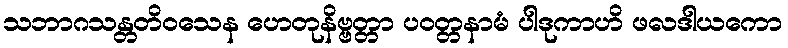
သဘာဂသန္တတိဝသေန ဟေတုနိဗ္ဗတ္တာ ပဝတ္တနာမံ ပါဒုကာဟိ ဖလဒါယကော